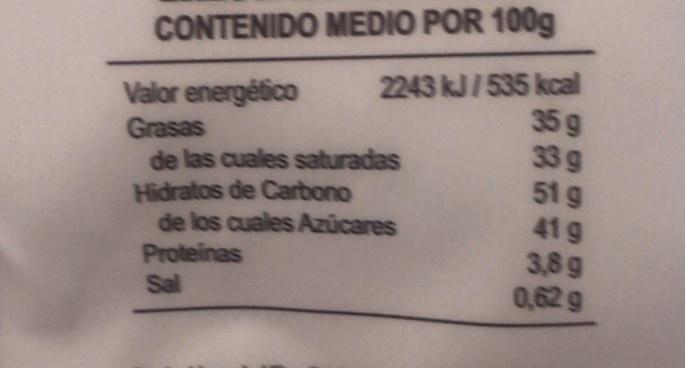
CONTENIDO MEDIO POR 100g
Valor energético Grasas de las cuales saturadas Hidratos de Carbono de los cuales Azücares Proteinas Sal
2243 kJ/535 kcal 35 g 33 g 51g 41 g 3,8 g 0,62 g